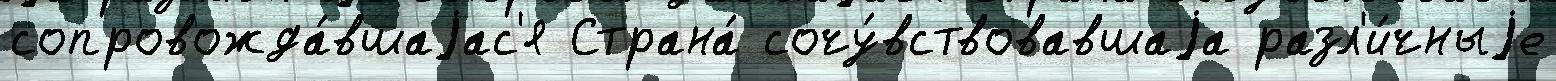
сопровожда́вшаjас'я Страна́ сочу́вствовавшаjа разл'и́чныjе